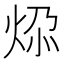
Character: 𬊅